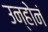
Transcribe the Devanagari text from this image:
उन्होनं